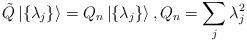
LaTeX: \begin{align*} \tilde{Q}\left|\{\lambda_j\}\right\rangle = Q_n \left|{\{\lambda_j\}}\right\rangle,Q_n = \sum_j \lambda_j^2\end{align*}